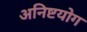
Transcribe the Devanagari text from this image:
अनिष्टयोग